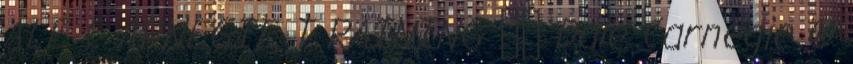
ALE C ARNEGIE T RAINING  Dale Carnegie ®